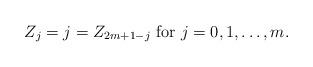
LaTeX: \begin{align*}Z_j=j=Z_{2m+1-j} \textrm{ for }j=0,1,\ldots,m.\end{align*}